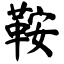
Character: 鞍